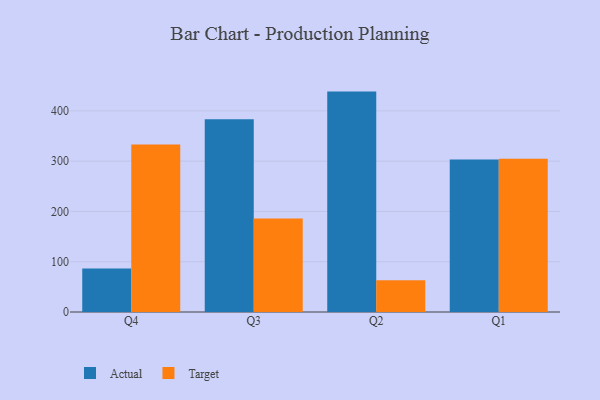
{"axis": {"x": "Quarter", "y": "Website Visitors"}, "legend": ["Actual", "Target"], "data": [{"x": "Q4", "y": 86.4, "type": "Actual"}, {"x": "Q4", "y": 333.1, "type": "Target"}, {"x": "Q3", "y": 383.3, "type": "Actual"}, {"x": "Q3", "y": 185.7, "type": "Target"}, {"x": "Q2", "y": 438.3, "type": "Actual"}, {"x": "Q2", "y": 63.2, "type": "Target"}, {"x": "Q1", "y": 303.4, "type": "Actual"}, {"x": "Q1", "y": 305.0, "type": "Target"}]}